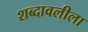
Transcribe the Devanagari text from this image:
शब्दावलीला